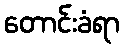
တောင်းခံရာ